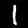
Label: 1